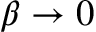
\beta \to 0